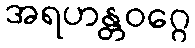
အရဟန္တဝဂ္ဂေ